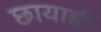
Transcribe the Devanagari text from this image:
छायाही